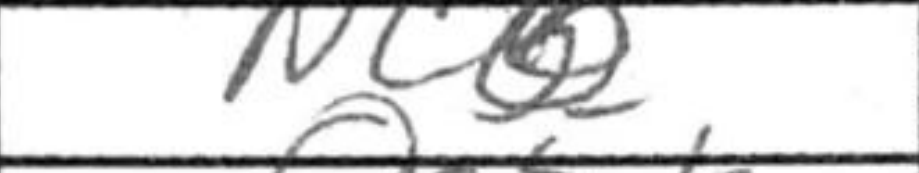
Transcription: Nc6